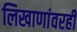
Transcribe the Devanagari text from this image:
लिखाणांवरही